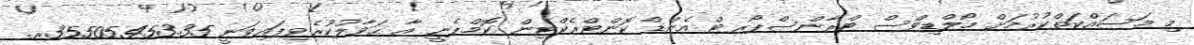
މި މަސައްކަތްކުރުމަށް މޯލްޑިވްސް ޓްރާންސްޕޯރޓް އެންޑް ކޮންޓްރެކްޓިން ކޮމްޕެނީ އާ ޙަވާލުކުރެވިފައިވަނީ 35